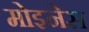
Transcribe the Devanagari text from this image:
मोइनेस